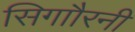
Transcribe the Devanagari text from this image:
सिगाौरनी